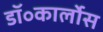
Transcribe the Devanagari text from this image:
डॉ॰कार्लोस